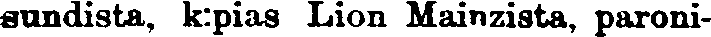
sundista, k:pias Lion Mainzista, paroni-